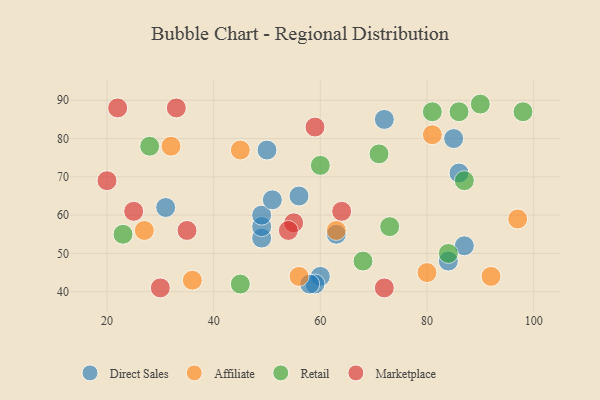
{"axis": {"x": "GDP", "y": "Life Expectancy"}, "legend": ["Affiliate", "Direct Sales", "Marketplace", "Retail"], "data": [{"x": "72", "y": 85, "type": "Direct Sales"}, {"x": "50", "y": 77, "type": "Direct Sales"}, {"x": "49", "y": 54, "type": "Direct Sales"}, {"x": "56", "y": 65, "type": "Direct Sales"}, {"x": "60", "y": 44, "type": "Direct Sales"}, {"x": "31", "y": 62, "type": "Direct Sales"}, {"x": "85", "y": 80, "type": "Direct Sales"}, {"x": "59", "y": 42, "type": "Direct Sales"}, {"x": "49", "y": 57, "type": "Direct Sales"}, {"x": "58", "y": 42, "type": "Direct Sales"}, {"x": "49", "y": 60, "type": "Direct Sales"}, {"x": "51", "y": 64, "type": "Direct Sales"}, {"x": "87", "y": 52, "type": "Direct Sales"}, {"x": "63", "y": 55, "type": "Direct Sales"}, {"x": "84", "y": 48, "type": "Direct Sales"}, {"x": "86", "y": 71, "type": "Direct Sales"}, {"x": "92", "y": 44, "type": "Affiliate"}, {"x": "45", "y": 77, "type": "Affiliate"}, {"x": "81", "y": 81, "type": "Affiliate"}, {"x": "63", "y": 56, "type": "Affiliate"}, {"x": "80", "y": 45, "type": "Affiliate"}, {"x": "97", "y": 59, "type": "Affiliate"}, {"x": "27", "y": 56, "type": "Affiliate"}, {"x": "56", "y": 44, "type": "Affiliate"}, {"x": "36", "y": 43, "type": "Affiliate"}, {"x": "32", "y": 78, "type": "Affiliate"}, {"x": "87", "y": 69, "type": "Retail"}, {"x": "71", "y": 76, "type": "Retail"}, {"x": "81", "y": 87, "type": "Retail"}, {"x": "86", "y": 87, "type": "Retail"}, {"x": "28", "y": 78, "type": "Retail"}, {"x": "90", "y": 89, "type": "Retail"}, {"x": "84", "y": 50, "type": "Retail"}, {"x": "98", "y": 87, "type": "Retail"}, {"x": "60", "y": 73, "type": "Retail"}, {"x": "73", "y": 57, "type": "Retail"}, {"x": "23", "y": 55, "type": "Retail"}, {"x": "68", "y": 48, "type": "Retail"}, {"x": "45", "y": 42, "type": "Retail"}, {"x": "30", "y": 41, "type": "Marketplace"}, {"x": "25", "y": 61, "type": "Marketplace"}, {"x": "59", "y": 83, "type": "Marketplace"}, {"x": "55", "y": 58, "type": "Marketplace"}, {"x": "72", "y": 41, "type": "Marketplace"}, {"x": "64", "y": 61, "type": "Marketplace"}, {"x": "22", "y": 88, "type": "Marketplace"}, {"x": "20", "y": 69, "type": "Marketplace"}, {"x": "35", "y": 56, "type": "Marketplace"}, {"x": "33", "y": 88, "type": "Marketplace"}, {"x": "54", "y": 56, "type": "Marketplace"}]}